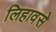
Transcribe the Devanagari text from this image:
लिहावसे